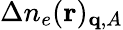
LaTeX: \Delta n_{e}(\mathbf{r})_{\mathbf{q},A}